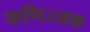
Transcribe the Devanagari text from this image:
फणिज्जक